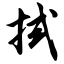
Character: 拭